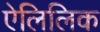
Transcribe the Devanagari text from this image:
ऐलिलिक